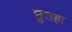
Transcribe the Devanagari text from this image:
छुतहा